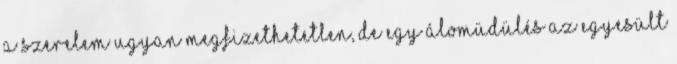
A szerelem ugyan megfizethetetlen, de egy álomüdülés az Egyesült